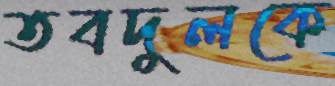
তবদুলকে